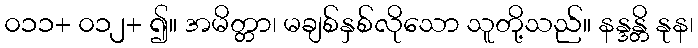
၀၁၁+ ၀၁၂+ ၍။ အမိတ္တာ၊ မချစ်နှစ်လိုသော သူတို့သည်။ နန္ဒန္တိ နုန၊